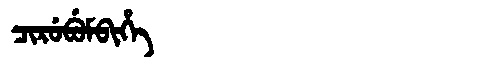
Manchu: ᠴᡳᡵᡠᠪᡠᠮᠪᡳᡥᡝ
Romanization: CIRUBUMBIHE